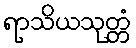
ရာသိယသုတ္တံ